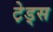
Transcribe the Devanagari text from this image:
टे़ड्स